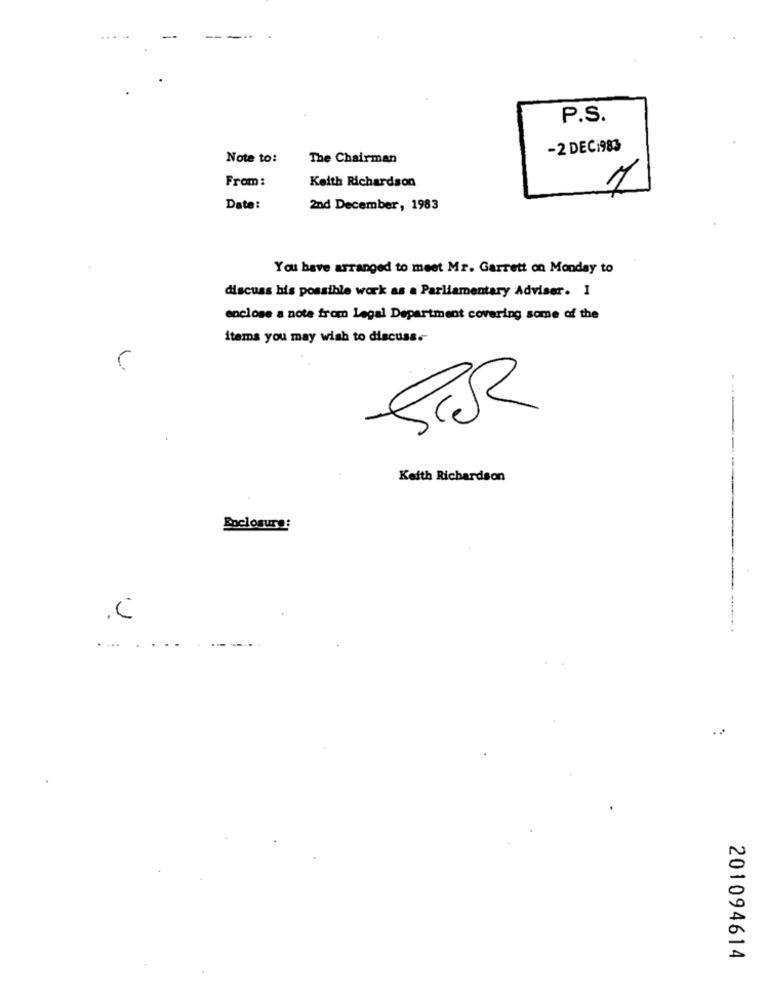
P.S.
-2 DECi983
Note to:
The Chairman
Keith Richardson
From:
1
Date:
2nd December, 1983
You have arranged to meet Mr. Garrett on Monday to
discuss his possible work as a Parliamentary Adviser. I
enclose a note from Legal Department covering some of the
items you may wish to discuss .-
..
Keith Richardson
Boclosure:
.C
201094614